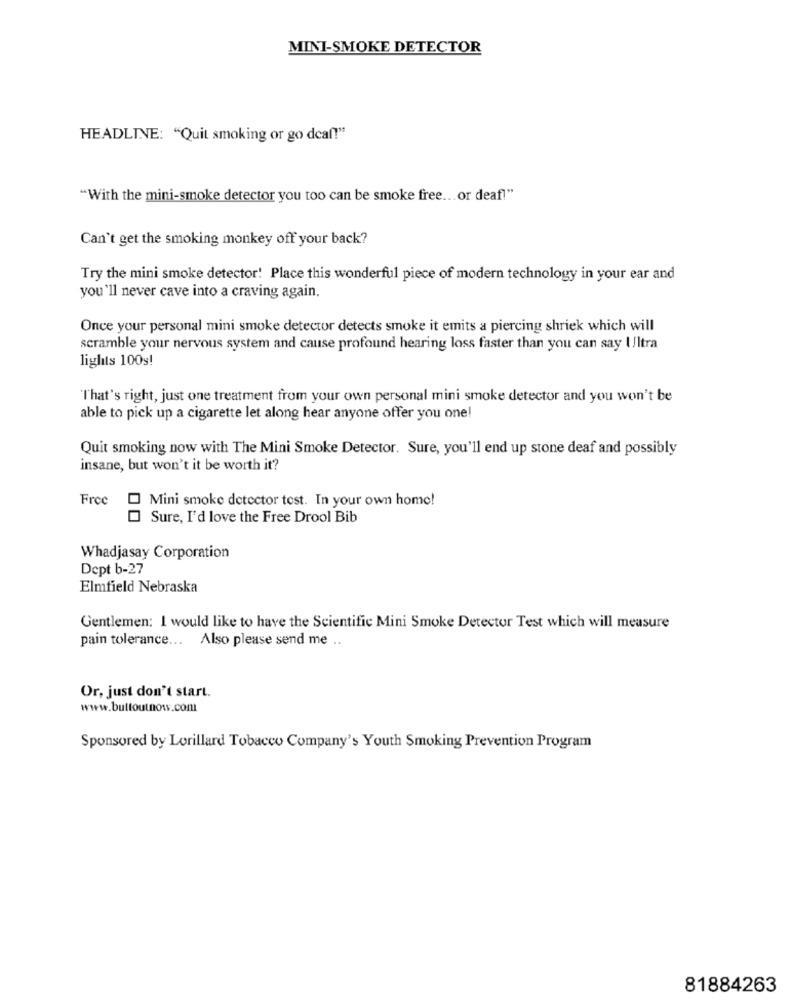
MINI-SMOKE DETECTOR
HEADLINE: "Quit smoking or go deal!"
"With the mini-smoke detector you too can be smoke free ... or deaf!"
Can't get the smoking monkey off your back?
Try the mini smoke detector! Place this wonderful piece of modern technology in your ear and
you'll never cave into a craving again.
Once your personal mini smoke detector detects smoke it emits a piercing shriek which will
scramble your nervous system and cause profound hearing loss faster than you can say I/ltra
lights 100g!
"That's right, just one treatment from your own personal mini smoke detector and you won't be
able to pick up a cigarette let along hear anyone offer you one!
Quit smoking now with The Mini Smoke Detector. Sure, you'll end up stone deaf and possibly
insane, but won't it be worth it?
Free
Mini smoke detector test. In your own home!
Sure, I'd love the Free Drool Bib
Whadjasay Corporation
Dept b-27
Elmfield Nebraska
Gentlemen: I would like to have the Scientific Mini Smoke Detector Test which will measure
pain tolerance ... Also please send me ..
Or, just don't start.
www.buttoutnow.com
Sponsored by Lorillard Tobacco Company's Youth Smoking Prevention Program
81884263